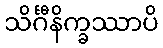
သိင်္ဂီနိက္ခဿာပိ